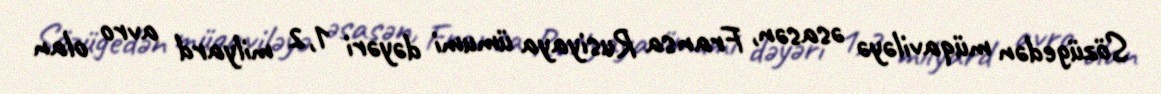
Sözügedən müqaviləyə əsasən, Fransa Rusiyaya ümumi dəyəri 1,2 milyard avro olan